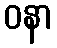
ဝနာ